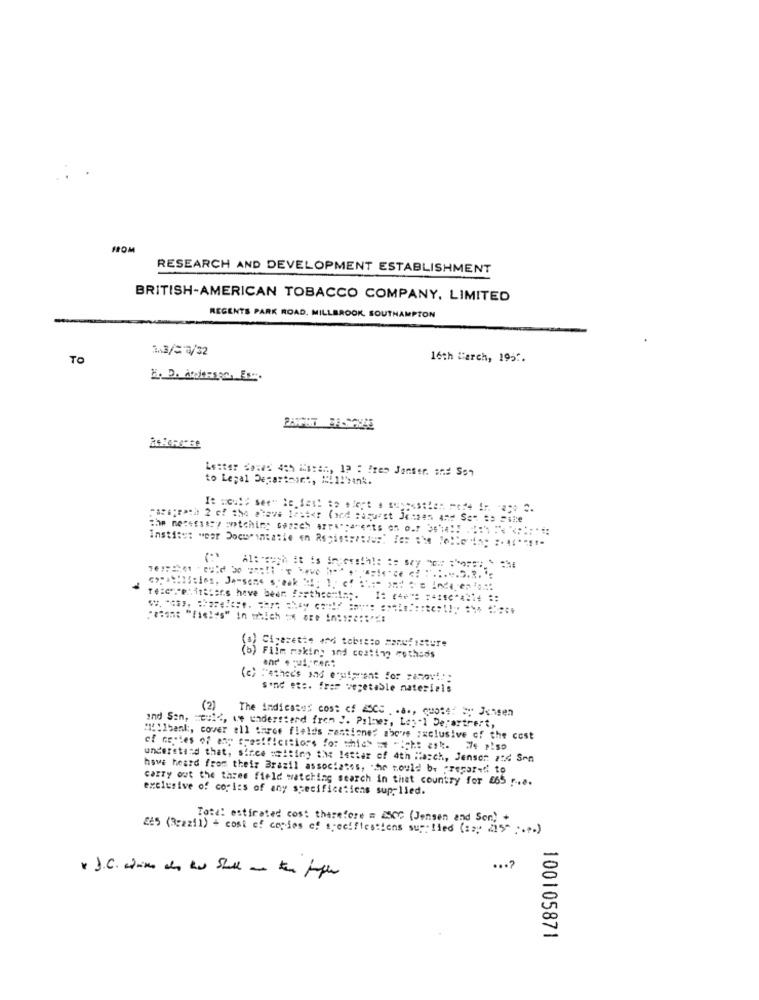
SOM
RESEARCH AND DEVELOPMENT ESTABLISHMENT
BRITISH-AMERICAN TOBACCO COMPANY, LIMITED
REGENTS PARK ROAD. MILLBROOK, SOUTHAMPTON
1.3/7/32
TO
16th March, 1957.
Lester doses 4th issen, 12 : "res Jonser. and Son
to Legal Department, "!1:94nk.
It would see" Re fail to alert a segnestles pete In pago 2.
the necessary intching casach arrisca-sets on our 3eh !!
5.3. *:
Cigarette and tobreto Manufacture
Film making ind costing methods
Father's and equipment for manovi :.
Sind et :. free vegetable materials
(2) The indicases cost of ACC .. a ., quote! ay Ichsen
Ind San, "oule, we understand frem J. Palmer, Los-1 Departrert,
#15:1bank :, cover all three fields santiones abo's :xclusive of the cost
of copies of any tres !!! citions for which it -icht cat. We also
understand that, since :witing the letter of 4th March, Jenson atd Son
have heard from their Brazil associates, che would be prepared to
carry out the three field watching search in that country for 265 r ...
exclusive of copies of any specifications supplied.
ToRe: esticated cos: therefore = 2SCC (Jensen and Son) .
285 (Brazil) + cost of copies of specifiestiens supplied (:>" 215" .... )
...?
- J.C. clim de Bu Stall - to ffler
100105871